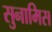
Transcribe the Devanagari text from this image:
सुनामिस